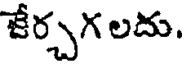
జేర్చగ లదు.